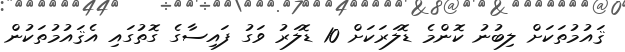
ޤައުމުތަކަށް ލިބުނު ކޮންމެ ޑޮލަރަކަށް 10 ޑޮލަރު ވަގު ފައިސާގެ ގޮތުގައި އެޤައުމުތަކުން